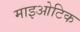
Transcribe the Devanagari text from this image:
माइओटिक